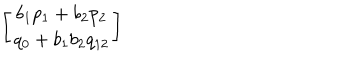
\left[ \begin{array} { c } { { b _ { 1 } p _ { 1 } + b _ { 2 } p _ { 2 } } } \\ { { q _ { 0 } + b _ { 1 } b _ { 2 } q _ { 1 2 } } } \\ \end{array} \right]